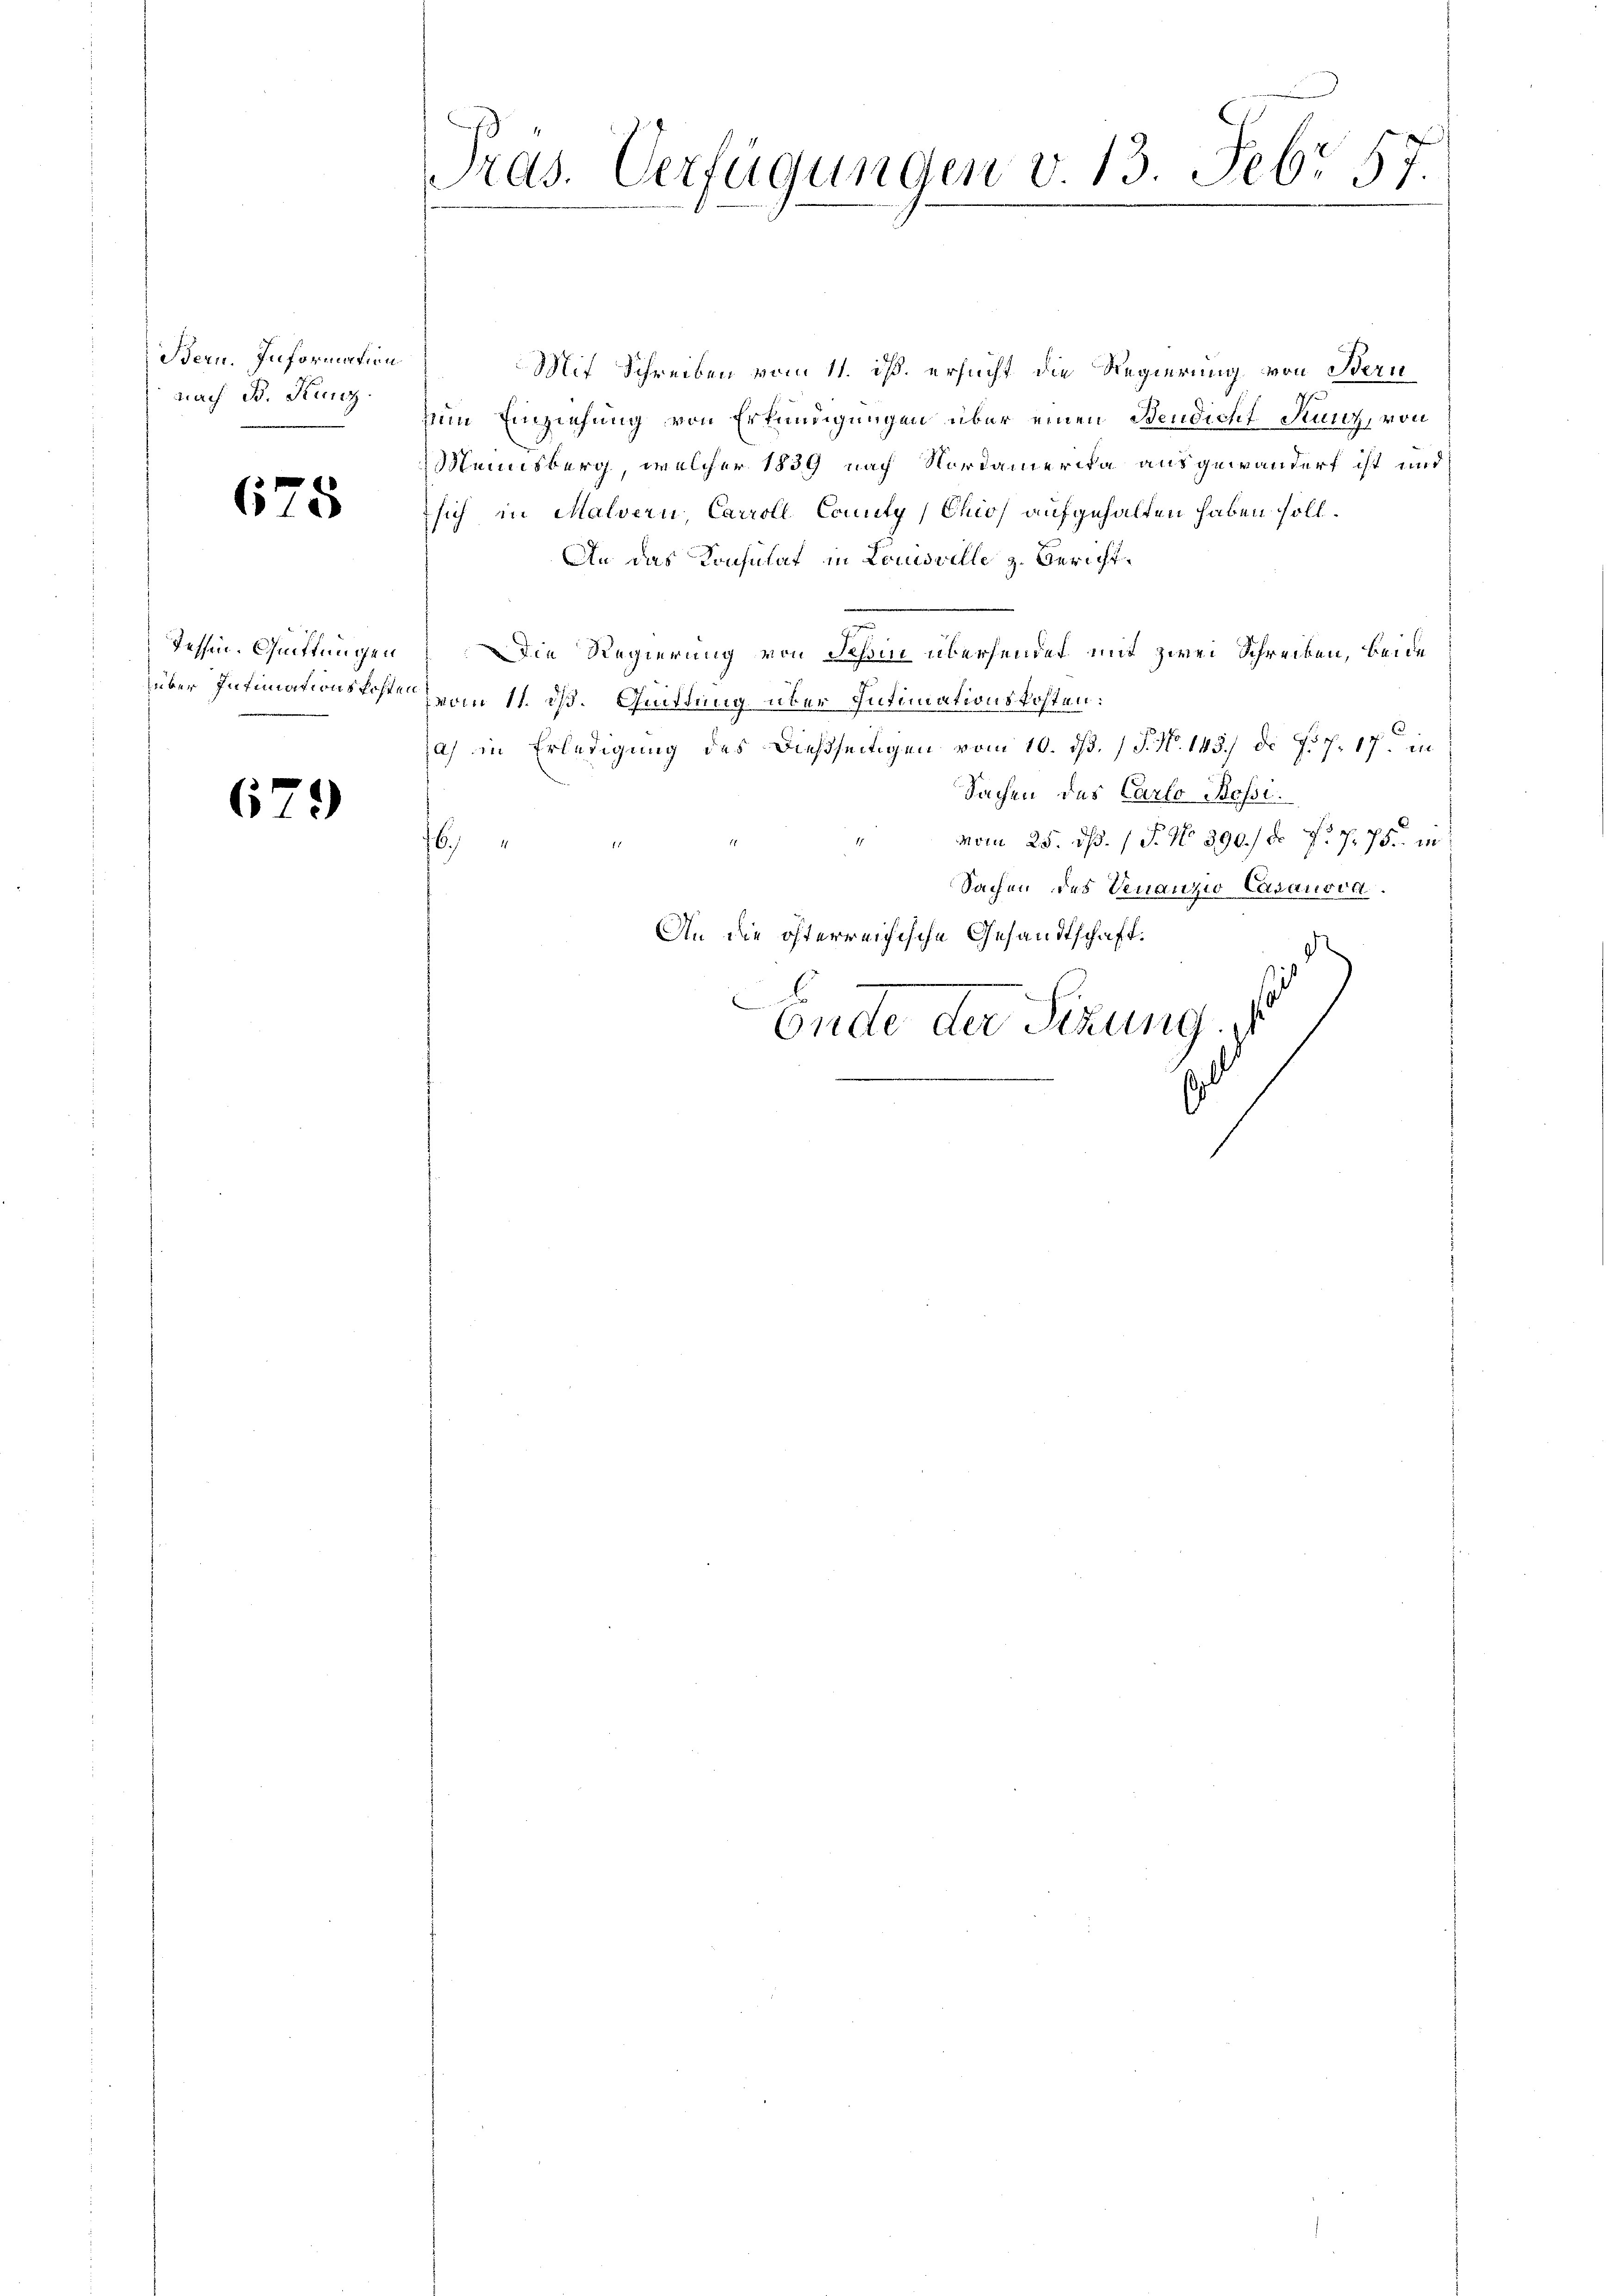
Bern. Information
nach B. Kunz

678

Tessin. Quittungen
über Intimationskosten

679

Pras. Verfügungen v. 13. Febr 57.

Mit Schreiben vom 11. ds. ersucht die Regierung von Bern
zum Einziehung von Erkundigungen über einen Bendicht Kunz, von
Mennsberg, welcher 1839 nach Nordamerika ausgewandert ist und
sich in Malvern Carroll County/Chio) aufgehalten haben soll.
An das Konsulat in Louisville z. Bericht¬
Die Regierung von Schon übersendet mit zwei Schreiben, beide
zvom 11. d. Giittung über Intimationskosten:
a) in Erledigung des dießseitigen vom 10. dß. / P. Nr. 143.) d. J. J. 17. in
Sachen des Carlo Bossi
morn 25. d. 1 P. No 890./ Nr. 75 f. 76 in:
6
g
Sachen des Venanzio Casanova.
An die österreichische Gesandtschaft.
.
Ende der Sitzung